Madras plague regulations in force outside the Presidency town - Volume 5
Disease focus: Plague
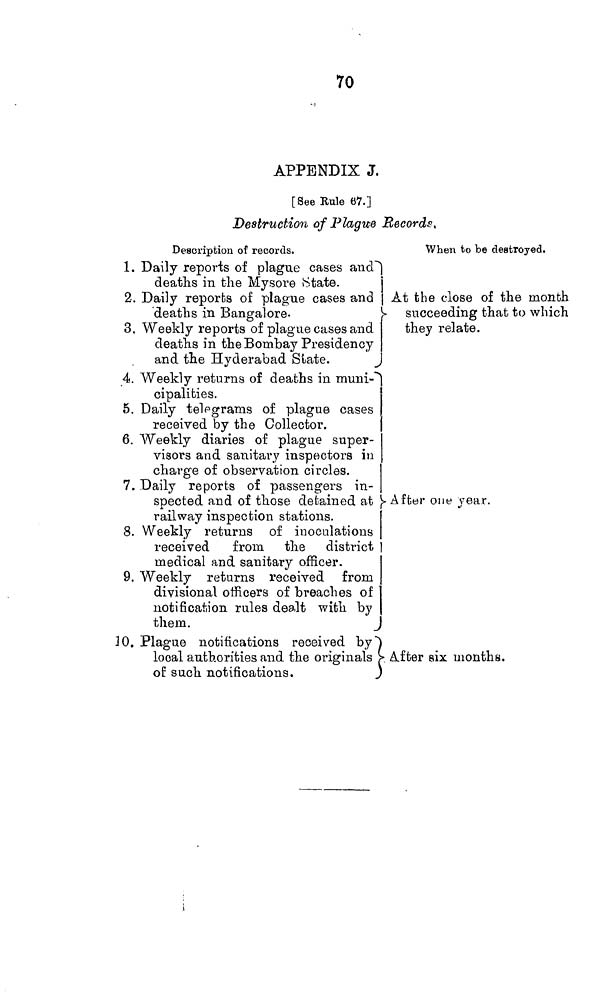
70
APPENDIX J.
[See Rule 67.]
Destruction of Plague Records,
Description of records.
When to be destroyed.
1. Daily reports of plague cases and
deaths in the Mysore State.
2. Daily reports of plague cases and
deaths in Bangalore-
3. Weekly reports of plague cases and
deaths in the Bombay Presidency
and the Hyderabad Slate.
4. Weekly returns of deaths in muni-
cipalities.
5. Daily telegrams of plague cases
received by the Collector.
6. Weekly diaries of plague super-
visors and sanitary inspectors in
charge of observation circles.
7. Daily reports of passengers in-
spected and of those detained at
railway inspection stations.
8. Weekly returns of inoculations
received
from the
district
medical and sanitary officer.
9. Weekly returns received from
divisional officers of breaches of
notification rules dealt with by
them.
10. Plague notifications received by
local authorities and the originals
of such notifications.
,
At the close of the month
succeeding that to which
they relate.
After one year.
After six months.